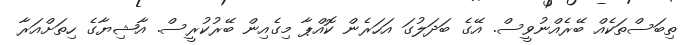
ތިބަސްތަކެއް ބޭރެއްނުވީސް. އޭގެ ބަދަލުގަ އަހަރެން ކޮއްޕާ މިގެއިން ބޭރުކުރީސް. އާޝިޔާގެ ހިތަށްއަރާ